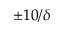
\pm 1 0 / \delta